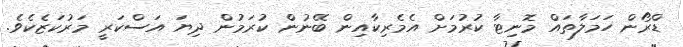
ޑްރޯން ހަމަލާތައް މޮނިޓާ ކުރުމަށް އެމެރިކާއިން ބޭނުން ކުރަމުން ދިޔަ އަސްކަރީ މަރުކަޒެކެވެ.